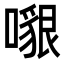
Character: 𠿵